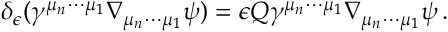
\delta _ { \epsilon } ( \gamma ^ { \mu _ { n } \cdots \mu _ { 1 } } \nabla _ { \mu _ { n } \cdots \mu _ { 1 } } \psi ) = \epsilon Q \gamma ^ { \mu _ { n } \cdots \mu _ { 1 } } \nabla _ { \mu _ { n } \cdots \mu _ { 1 } } \psi \, .